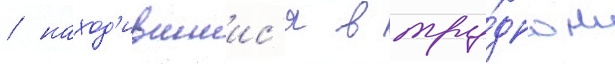
/ наход'ившиис'я в тру́дном